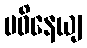
ပဝိနေယျ